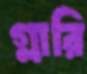
গ্লারি